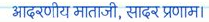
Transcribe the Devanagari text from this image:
आदरणीय माताजी, सादर प्रणाम।